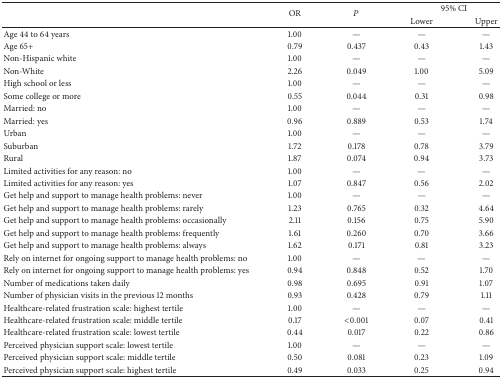
<table><thead><tr><td><b> </b></td><td rowspan="2"><b>OR</b></td><td rowspan="2"><b><i>P</i></b></td><td colspan="2"><b>95% CI</b></td></tr><tr><td><b> </b></td><td><b>Lower</b></td><td><b>Upper</b></td></tr></thead><tbody><tr><td>Age 44 to 64 years</td><td>1.00</td><td>—</td><td>—</td><td>—</td></tr><tr><td>Age 65+</td><td>0.79</td><td>0.437</td><td>0.43</td><td>1.43</td></tr><tr><td>Non-Hispanic white</td><td>1.00</td><td>—</td><td>—</td><td>—</td></tr><tr><td>Non-White</td><td>2.26</td><td>0.049</td><td>1.00</td><td>5.09</td></tr><tr><td>High school or less</td><td>1.00</td><td>—</td><td>—</td><td>—</td></tr><tr><td>Some college or more</td><td>0.55</td><td>0.044</td><td>0.31</td><td>0.98</td></tr><tr><td>Married: no</td><td>1.00</td><td>—</td><td>—</td><td>—</td></tr><tr><td>Married: yes</td><td>0.96</td><td>0.889</td><td>0.53</td><td>1.74</td></tr><tr><td>Urban</td><td>1.00</td><td>—</td><td>—</td><td>—</td></tr><tr><td>Suburban</td><td>1.72</td><td>0.178</td><td>0.78</td><td>3.79</td></tr><tr><td>Rural</td><td>1.87</td><td>0.074</td><td>0.94</td><td>3.73</td></tr><tr><td>Limited activities for any reason: no</td><td>1.00</td><td>—</td><td>—</td><td>—</td></tr><tr><td>Limited activities for any reason: yes</td><td>1.07</td><td>0.847</td><td>0.56</td><td>2.02</td></tr><tr><td>Get help and support to manage health problems: never</td><td>1.00</td><td>—</td><td>—</td><td>—</td></tr><tr><td>Get help and support to manage health problems: rarely</td><td>1.23</td><td>0.765</td><td>0.32</td><td>4.64</td></tr><tr><td>Get help and support to manage health problems: occasionally</td><td>2.11</td><td>0.156</td><td>0.75</td><td>5.90</td></tr><tr><td>Get help and support to manage health problems: frequently</td><td>1.61</td><td>0.260</td><td>0.70</td><td>3.66</td></tr><tr><td>Get help and support to manage health problems: always</td><td>1.62</td><td>0.171</td><td>0.81</td><td>3.23</td></tr><tr><td>Rely on internet for ongoing support to manage health problems: no</td><td>1.00</td><td>—</td><td>—</td><td>—</td></tr><tr><td>Rely on internet for ongoing support to manage health problems: yes</td><td>0.94</td><td>0.848</td><td>0.52</td><td>1.70</td></tr><tr><td>Number of medications taken daily</td><td>0.98</td><td>0.695</td><td>0.91</td><td>1.07</td></tr><tr><td>Number of physician visits in the previous 12 months</td><td>0.93</td><td>0.428</td><td>0.79</td><td>1.11</td></tr><tr><td>Healthcare-related frustration scale: highest tertile</td><td>1.00</td><td>—</td><td>—</td><td>—</td></tr><tr><td>Healthcare-related frustration scale: middle tertile</td><td>0.17</td><td>&lt;0.001</td><td>0.07</td><td>0.41</td></tr><tr><td>Healthcare-related frustration scale: lowest tertile</td><td>0.44</td><td>0.017</td><td>0.22</td><td>0.86</td></tr><tr><td>Perceived physician support scale: lowest tertile</td><td>1.00</td><td>—</td><td>—</td><td>—</td></tr><tr><td>Perceived physician support scale: middle tertile</td><td>0.50</td><td>0.081</td><td>0.23</td><td>1.09</td></tr><tr><td>Perceived physician support scale: highest tertile</td><td>0.49</td><td>0.033</td><td>0.25</td><td>0.94</td></tr></tbody></table>